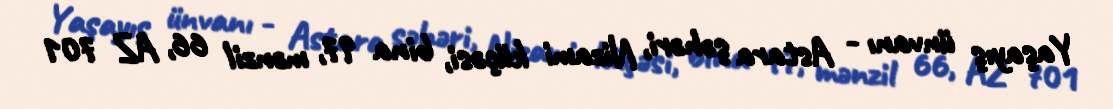
Yaşayış ünvanı - Astara şəhəri, Nizami küçəsi, bina 97, mənzil 66, AZ 701